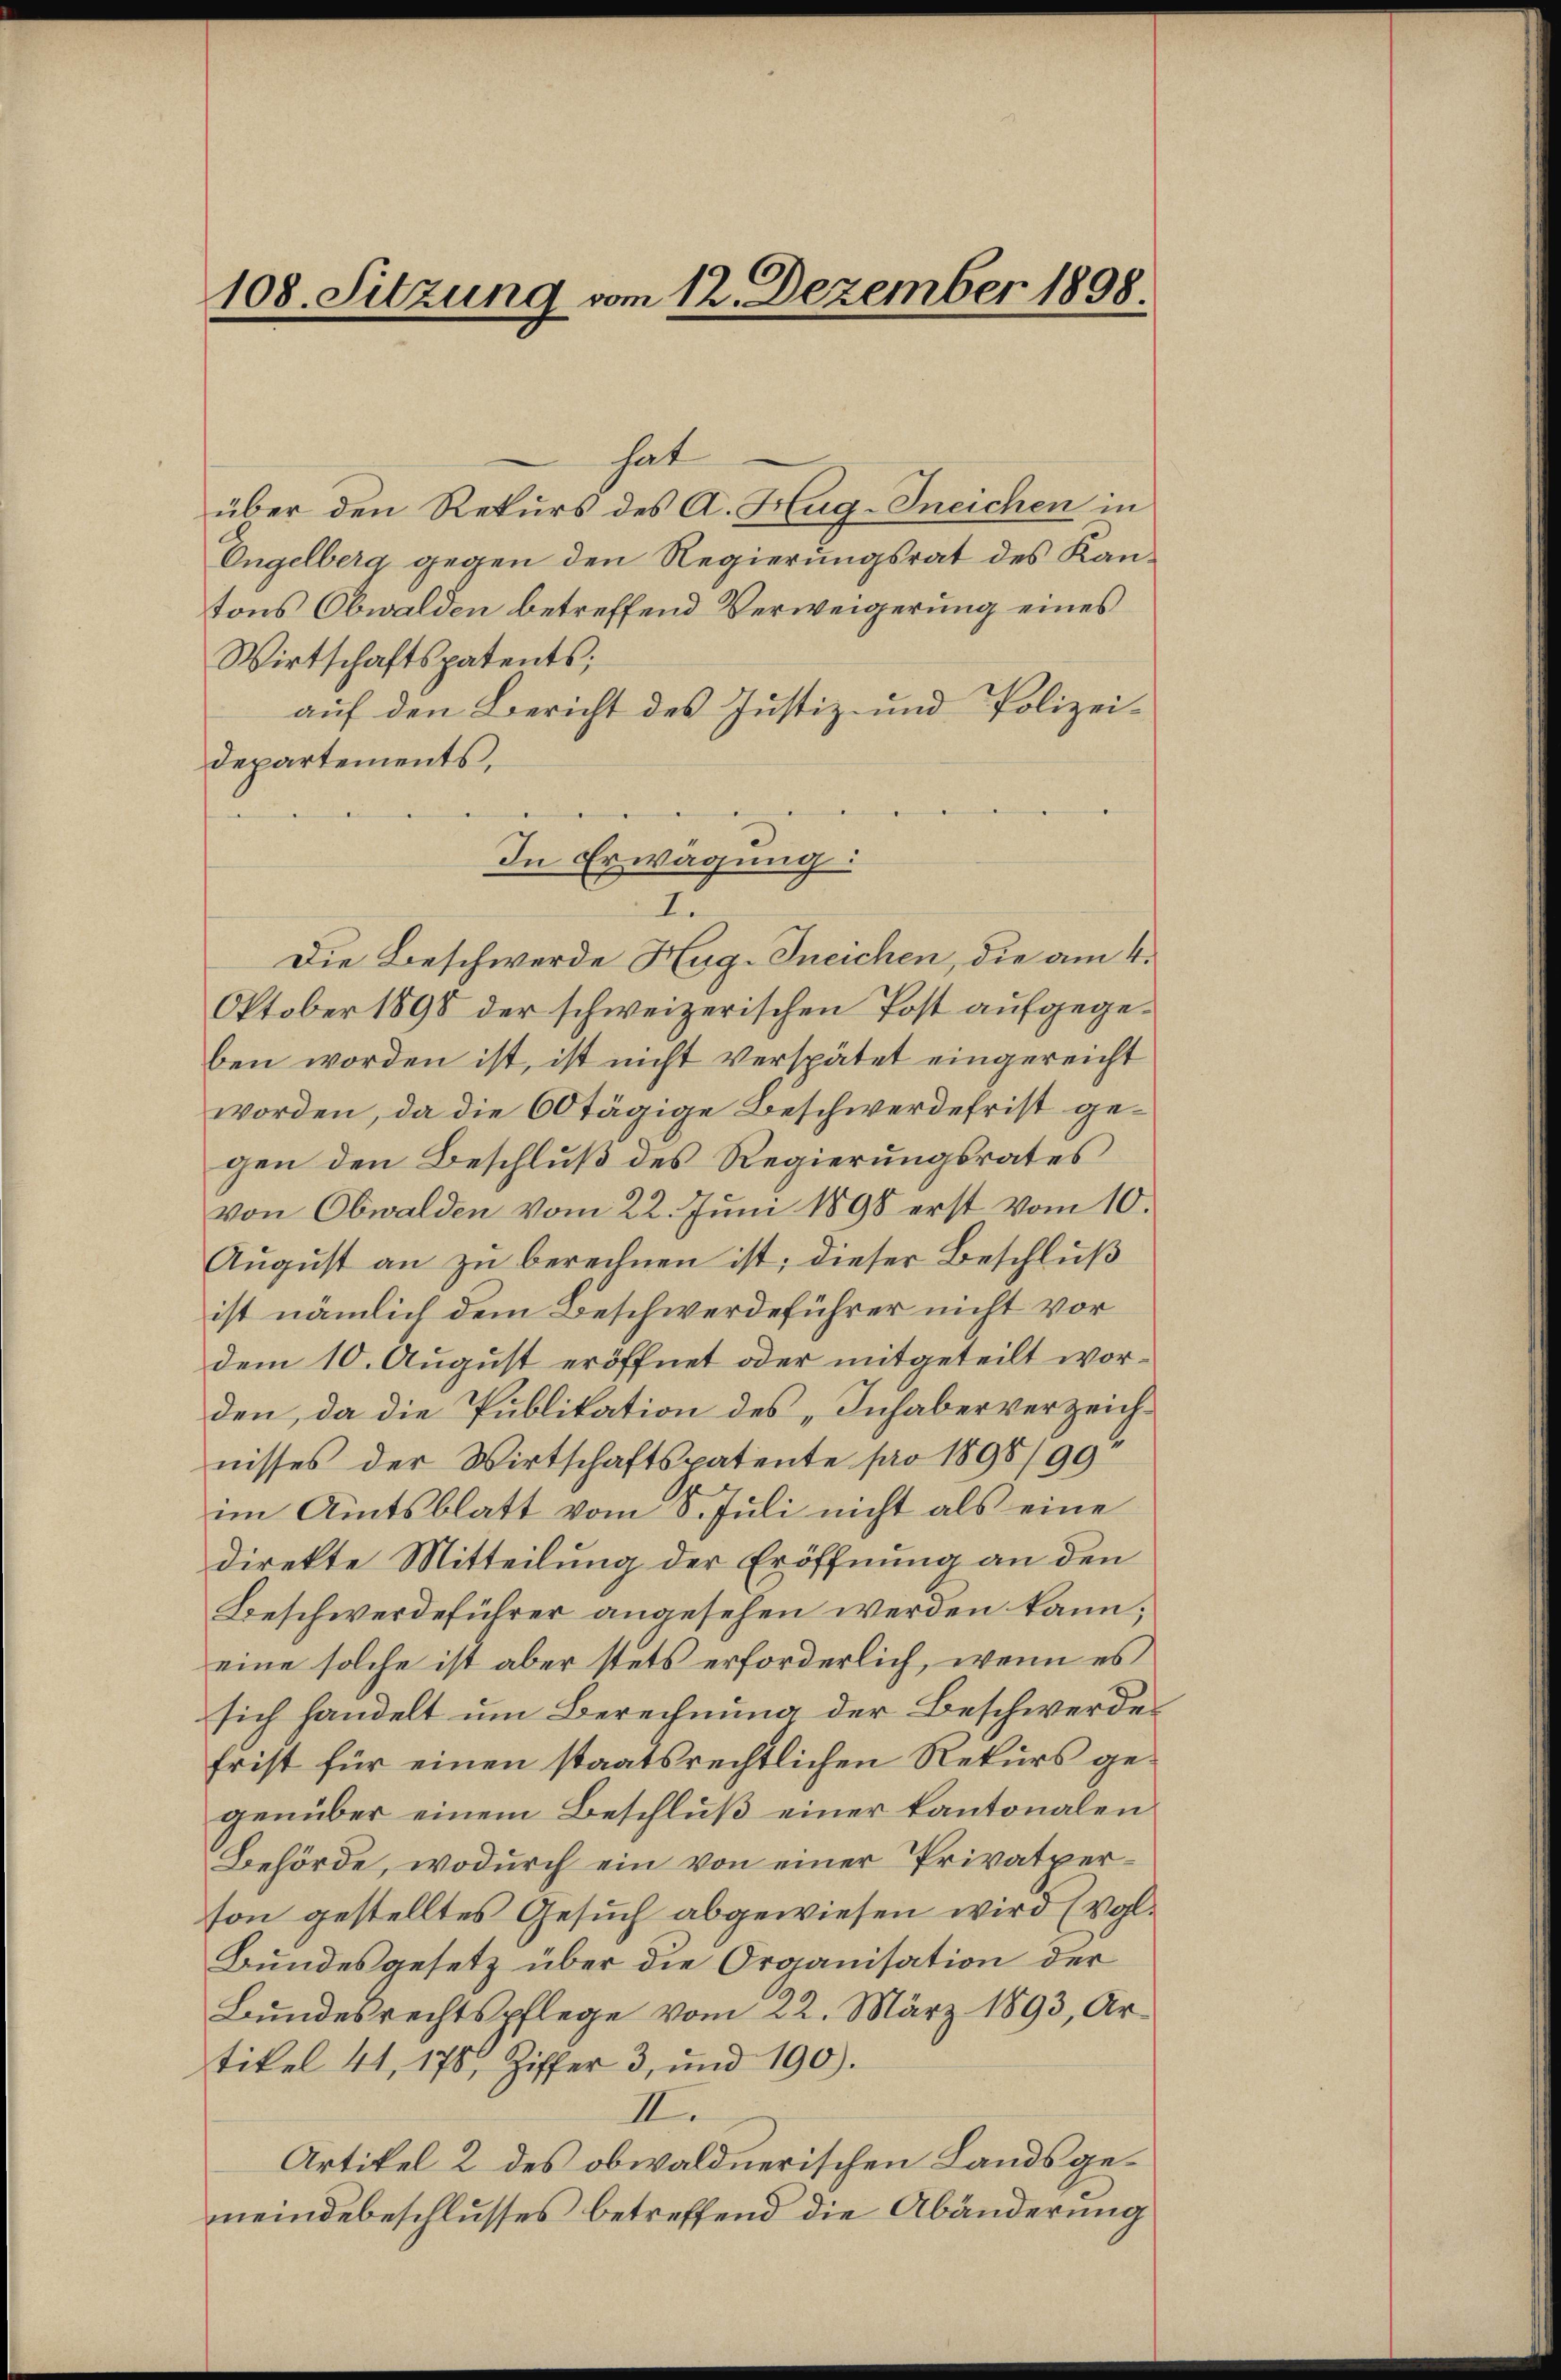
hat
über den Rekurs des A. Hug-Ineichen in
Engelberg gegen den Regierungsrat des Kantons Obwalden betreffend Verweigerung eines
Wirtschaftspatents;
auf den Bericht des Justiz- und Polizei-
Departements,
Die Beschwerde Hug-Ineichen, die am 4.
Oktober 1898 der schweizerischen Post aufgegeben worden ist, ist nicht verspätet eingereicht
worden, da die 60 tägige Beschwerdefrist gegen den Beschluß des Regierungsrates
von Obwalden vom 22. Juni 1898 erst vom 10.
August an zu berechnen ist; dieser Beschluß
ist nämlich dem Beschwerdeführer nicht vor
dem 10. August eröffnet oder mitgeteilt worden, da die Publikation des „Inhaber verzeichnisses der Wirtschaftspatente pro 1898/99
im Amtsblatt vom 8. Juli nicht als eine
direkte Mitteilung der Eröffnung an den
Beschwerdeführer angesehen werden kann;
eine solche ist aber stets erforderlich, wenn es
sich handelt um Berechnung der Beschwerdes
frist für einen staatsrechtlichen Rekurs gegenüber einem Beschluß einer kantonalen
Behörde, wodurch ein von einer Privatperson gestelltes Gesuch abgewiesen wird (vgl.
Bundesgesetz über die Organisation der
Bundesrechtspflege vom 22. März 1893, Ar-
tikel 41, 175, Ziffer 3, und 190).
II.
Artikel 2 des obwaldnerischen Landsgemeindebeschlusses betreffend die Abänderung

108. Sitzung vom 12. Dezember 1898

In Erwägung:
I.